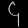
Digit: ၄